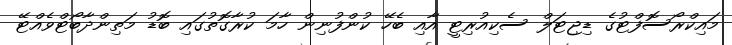
މައިކްރޯސޮފްޓުގެ ޑިޖިޓަލް ސެކިއުރިޓީ އާއި ބެހޭ ކުންފުނިން ހާމަ ކުރާގޮތުގައި ބޮޑު މަތިންދާބޯޓްވެއްޓޭ